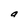
Character: a